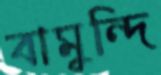
বামুন্দি